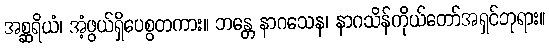
အစ္ဆရိယံ၊ အံ့ဖွယ်ရှိပေစွတကား။ ဘန္တေ နာဂသေန၊ နာဂသိန်ကိုယ်တော်အရှင်ဘုရား။